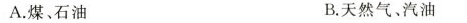
A.煤、石油 B.天然气、汽油